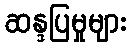
ဆန္ဒပြမှုများ